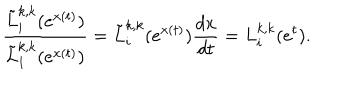
\frac { \tilde { L } _ { i } ^ { k , k } ( e ^ { x ( t ) } ) } { \tilde { L } _ { 1 } ^ { k , k } ( e ^ { x ( t ) } ) } = \tilde { L } _ { i } ^ { k , k } ( e ^ { x ( t ) } ) { \frac { d x } { d t } } = L _ { i } ^ { k , k } ( e ^ { t } ) .